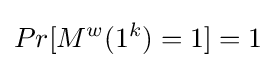
Pr[M^{w}(1^{k})=1]=1